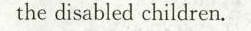
the disabled children.